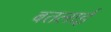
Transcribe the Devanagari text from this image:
बतलाईं